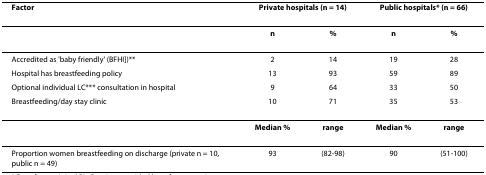
<table><thead><tr><td><b>Factor</b></td><td colspan="2"><b>Private hospitals (n = 14)</b></td><td colspan="2"><b>Public hospitals* (n = 66)</b></td></tr></thead><tbody><tr><td></td><td><b>n</b></td><td><b>%</b></td><td><b>n</b></td><td><b>%</b></td></tr><tr><td>Accredited as &#x27;baby friendly&#x27; (BFHI])**</td><td>2</td><td>14</td><td>19</td><td>28</td></tr><tr><td>Hospital has breastfeeding policy</td><td>13</td><td>93</td><td>59</td><td>89</td></tr><tr><td>Optional individual LC*** consultation in hospital</td><td>9</td><td>64</td><td>33</td><td>50</td></tr><tr><td>Breastfeeding/day stay clinic</td><td>10</td><td>71</td><td>35</td><td>53</td></tr><tr><td></td><td><b>Median %</b></td><td><b>range</b></td><td><b>Median %</b></td><td><b>range</b></td></tr><tr><td>Proportion women breastfeeding on discharge (private n = 10, public n = 49)</td><td>93</td><td>(82-98)</td><td>90</td><td>(51-100)</td></tr></tbody></table>